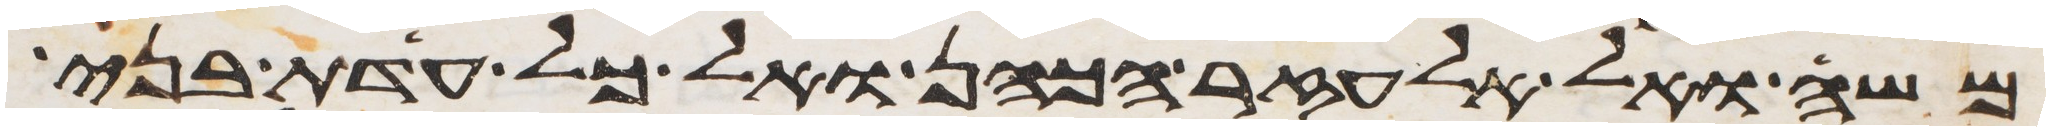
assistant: משה ואל אלעזר הכהן ואל כל עדת בני